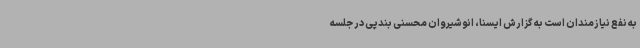
به نفع نیازمندان است به گزارش ایسنا، انوشیروان محسنی بندپی در جلسه